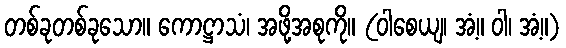
တစ်ခုတစ်ခုသော။ ကောဋ္ဌာသံ၊ အဖို့အစုကို။ (ဝါစေယျ၊ အံ့။ ဝါ၊ အံ့။)